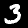
Label: 3